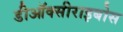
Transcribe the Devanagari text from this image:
डीऑक्सीराइबोस